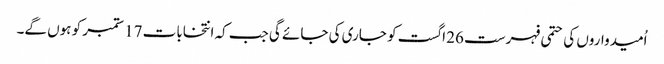
اُمیدواروں کی حتمی فہرست 26 اگست کو جاری کی جائے گی جب کہ انتخابات 17 ستمبر کو ہوں گے۔